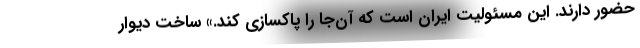
حضور دارند. این مسئولیت ایران است که آن‌جا را پاکسازی کند.» ساخت دیوار